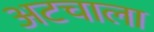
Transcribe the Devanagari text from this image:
अटचाला